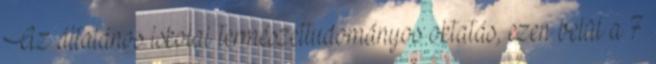
Az általános iskolai természettudományos oktatás, ezen belül a 7